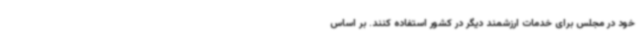
خود در مجلس برای خدمات ارزشمند دیگر در کشور استفاده کنند. بر اساس